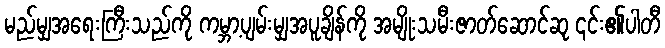
မည်မျှအရေးကြီးသည်ကို ကမ္ဘာ့ပျမ်းမျှအပူချိန်ကို အမျိုးသမီးဇာတ်ဆောင်ဆု ၎င်း၏ပါတီ